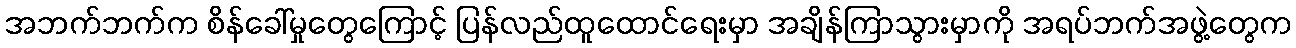
အဘက်ဘက်က စိန်ခေါ်မှုတွေကြောင့် ပြန်လည်ထူထောင်ရေးမှာ အချိန်ကြာသွားမှာကို အရပ်ဘက်အဖွဲ့တွေက